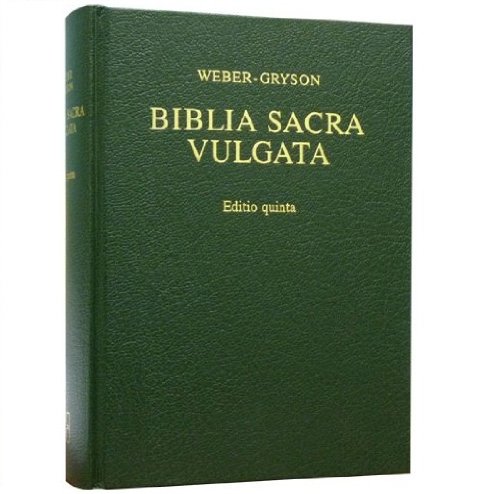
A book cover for Biblia Sacra Vulgata (Vulgate): Holy Bible in Latin; Christian Books & Bibles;